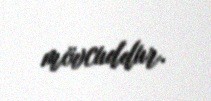
mövcuddur.